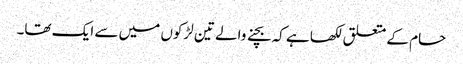
حام کے متعلق لکھا ہے کہ بچنے والے تین لڑکوں میں سے ایک تھا۔